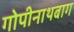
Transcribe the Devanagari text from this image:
गोपीनाथबाग